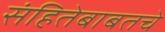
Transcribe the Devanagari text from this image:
संहितेबाबतचे